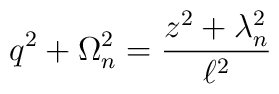
q^{2}+\Omega _{n}^{2}=\frac{z^{2}+\lambda _{n}^{2}}{\ell ^{2}}